Lunatic asylums Bombay report 1878-1890 - 1878-1890
Year: 1878
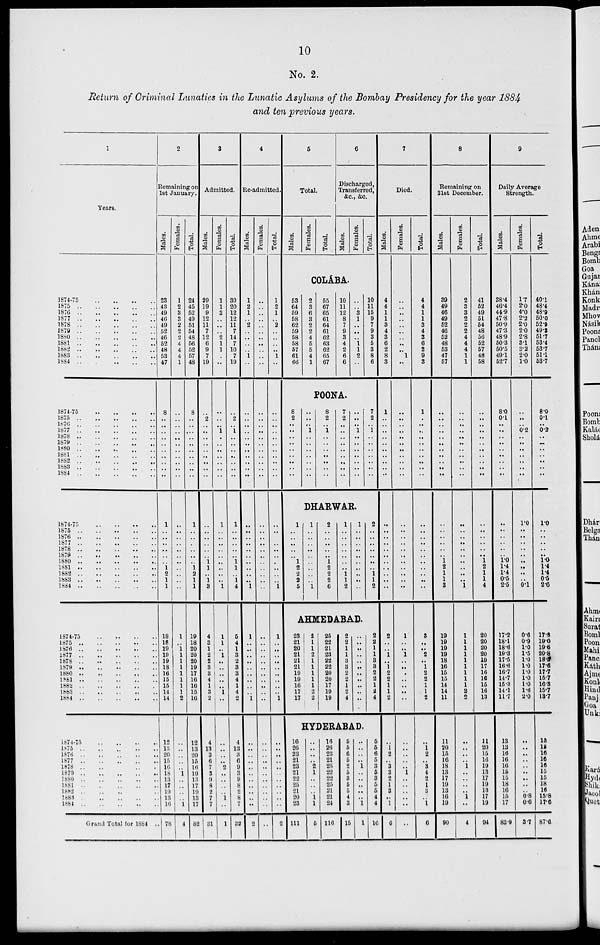
10
No. 2.
Return of Criminal Lunatics in the Lunatic Asylums of the Bombay Presidency for the year 1884
and ten previous years.
1
Years.
1874-75
..
..
..
..
1875 .. .. .. .. ..
1876
..
..
..
..
..
1877
..
..
..
..
..
1878
..
..
..
..
..
1879
..
..
..
..
..
1880
..
..
..
..
..
1881 .. .. .. .. ..
1882 .. .. .. .. ..
1883
..
..
..
..
..
1884
..
..
..
..
..
1874-75 .. .. .. ..
1875
..
..
..
..
..
1876 .. .. .. .. ..
1877
..
..
..
..
..
1878 .. .. .. .. ..
1879
..
..
..
..
..
1880 .. .. .. .. ..
1881 .. .. .. .. ..
1882
..
..
..
..
..
1883 .. .. .. .. ..
1884
..
..
..
..
..
1874-75 .. .. .. ..
1875 .. .. .. .. ..
1876
..
..
..
..
..
1877 .. .. .. .. ..
1878 .. .. .. .. ..
1879 .. .. .. .. ..
1880 .. .. .. .. ..
1881
..
..
..
..
..
1882 .. .. .. .. ..
1883
..
..
..
..
..
1884
..
..
..
..
..
1874-75 .. .. .. ..
1875 .. .. .. .. ..
1876 .. .. .. .. ..
1877
..
..
..
..
..
1878 .. .. .. .. ..
1879
..
..
..
..
..
1880 .. .. .. .. ..
1881
..
..
..
..
..
1882
..
..
..
..
..
1883 .. .. .. .. ..
1884
..
..
..
..
..
1874-75 .. .. .. ..
1875.. .. .. .. ..
1876
..
..
..
..
..
1877 .. .. .. .. ..
1878 .. .. .. .. ..
1879
..
..
..
..
..
1880 .. .. .. .. ..
1881
..
..
..
..
..
1882 .. .. .. .. ..
1883 .. .. .. .. ..
1884 .. .. .. .. ..
Grand Total for 1884 ..
2
Remaining on
1st January.
Males.
23
43
49
46
49
52
46
52
48
53
47
8
..
..
..
..
..
..
..
..
..
..
1
..
..
..
..
..
..
1
2
1
1
18
18
19
19
19
18
16
15
15
14
14
12
13
20
15
16
18
13
17
19
13
16
78
Females.
1
2
3
3
2
2
2
4
4
4
1
..
..
..
..
..
..
..
..
..
..
..
..
..
..
..
..
..
..
..
..
..
..
1
..
1 1
1
1
1
1
1
1
2
..
..
..
..
..
1
..
..
..
..
1
4
Total.
24
45
52
49
51
54
48
56
52
57
48
8
..
..
..
..
..
..
..
..
..
..
1
..
..
..
..
..
..
1
2
1
1
19
18
20
20
20
19
17
16
16
15
16
12
13
20
15
16
19
13
17
19
13
17
82
3
Admitted.
Males.
29
19
9
12
11
7
12
6
9
7
19
..
2
..
..
..
..
..
..
..
..
..
..
..
..
..
..
..
1
1
..
1
3
4
3
1
2
2
3
3
4
1
3
2
4
13
3
6
7
3
9
8
2
7
7
31
Females.
1
1
3
..
..
..
2
1
1
..
..
..
..
..
1
..
..
..
..
..
..
..
1
..
..
..
..
..
..
..
..
..
1
1
1
..
1
..
..
..
..
..
1
..
..
..
..
..
2
..
..
..
..
1
..
1
Total.
30
20
12
12
11
7
14
7
10
7
19
..
2
..
1
..
..
..
..
..
..
..
1
..
..
..
..
..
1
1
..
1
4
5
4
1
3
2
8
3
4
1
4
2
4
13
3
6
9
3
9
8
2
8
7
32
4
Re-admitted.
Males.
1
2
1
..
2
..
..
..
..
1
..
..
..
..
..
..
..
..
..
..
..
..
..
..
..
..
..
..
..
..
..
..
1
1
..
..
..
..
..
..
..
..
..
1
..
..
..
..
..
..
..
..
..
..
..
2
Females.
..
..
..
..
..
..
..
..
..
..
..
..
..
..
..
..
..
..
..
..
..
..
..
..
..
..
..
..
..
..
..
..
..
..
..
..
..
..
..
..
..
..
..
..
..
..
..
..
..
..
..
..
..
..
..
..
Total.
1
2
1
..
2
..
..
..
..
1
..
..
..
..
..
..
..
..
..
..
..
..
..
..
..
..
..
..
..
..
..
1
1
..
..
..
..
..
..
..
..
..
1
..
..
..
..
..
..
..
..
..
..
2
5
Total.
Males.
Females.
Total.
6
Discharged,
Transferred,
&c., &c.,
Males.
Females.
Total.
COLÁBA.
53
64
59
58
62
59
58
58
57
61
66
2
3
6
3
2
2
4
5
5
4
1
55
67
65
61
64
61
62
63
62
65
67
10
11
12
8
7
9
3
4
2
6
6
..
..
3
1
..
..
..
1
1
2
..
10
11
15
9
7
9
3
5
3
8
6
POONA.
8
2
..
..
..
..
..
..
..
..
..
..
..
..
1
..
..
..
..
..
..
..
8
2
..
1
..
..
..
..
..
..
..
7
2
..
..
..
..
..
..
..
..
..
..
..
..
1
..
..
..
..
..
..
..
7
2
..
1
..
..
..
..
..
..
..
DHARWAR.
1
..
..
..
..
..
1
2
2
2
5
1
..
..
..
..
..
..
..
..
..
1
2
..
..
..
..
..
1
2
2
2
6
1
..
..
..
..
..
..
..
1
1
2
1
..
..
..
..
..
..
..
..
..
..
2
..
..
..
..
..
..
..
1
1
2
AHMEDABAD.
23
21
20
21
21
21
19
19
16
17
17
2
1
1
2
1
1
1
1
1
2
2
25
22
21
23
22
22
20
20
17
19
19
2
2
1
1
3
3
2
2
1
2
4
..
..
..
..
..
..
..
..
..
..
..
2
2
1
1
3
3
2
2
1
2
4
HYDERABAD.
16
26
23
21
23
21
22
25
21
20
23
111
..
..
..
..
2
1
..
..
..
1
1
5
16
26
23
21
25
22
22
25
21
21
24
116
5
5
6
5
2
5
3
5
5
4
3
15
..
..
..
..
1
..
..
..
..
..
1
1
5
5
6
5
3
5
3
5
5
4
4
16
7
Died.
Males.
4
4
1
1
3
4
3
6
2
8
3
1
..
..
..
..
..
..
..
..
..
..
..
..
..
..
..
..
..
..
..
..
..
2
..
..
1
..
1
2
2
1
1
2
..
1
2
..
3
3
2
1
3
..
1
6
Females.
..
..
..
..
..
..
..
..
..
1
..
..
..
..
..
..
..
..
..
..
..
..
..
..
..
..
..
..
..
..
..
..
..
1
..
..
1
..
..
..
..
..
..
..
..
..
..
..
..
1
..
..
..
..
..
..
Total.
4
4
1
1
3
4
3
6
2
9
3
1
..
..
..
..
..
..
..
..
..
..
..
..
..
..
..
..
..
..
..
..
..
3
..
..
2
..
1
2
2
1
1
2
..
1
2
..
3
4
2
1
3
..
1
6
8
Remaining on
31st December.
Males.
39
49
46
49
52
46
52
48
53
47
57
..
..
..
..
..
..
..
..
..
..
..
..
..
..
..
..
..
1
2
1
1
3
19
19
19
19
18
16
15
15
14
14
11
11
20
15
16
18
13
17
19
13
16
19
90
Females.
2
3
3
2
2
2
4
4
4
1
1
..
..
..
..
..
..
..
.. ..
..
..
..
..
..
..
..
..
..
..
..
..
1
1
1
1
1
1
1
1
1
1
2
2
..
..
..
..
1
..
..
..
..
1
..
4
Total.
41
52
49
51
54
48
56
52
57
48
58
..
..
..
..
..
..
..
..
..
..
..
..
..
..
..
..
..
1
2
1
1
4
20
20
20
20
19
17
16
16
15
16
13
11
20
15
16
19
13
17
19
13
17
19
94
9
Daily Average
Strength.
Males.
38.4
46.4
44.9
47.8
50.9
47.3
48.9
50.3
50.5
49.1
52.7
8.0
0.1
..
..
..
..
..
..
..
..
..
..
..
..
..
..
..
1.0
1.4
1.4
0.5
2.5
17.2
18.1
18.6
19.3
17.5
16.6
16.7
14.7
15.3
14.1
11.7
13
13
16
16
16
15
15
18
16
15
17
83.9
Females.
1.7
2.0
4.0
2.2
2.0
2.0
2.8
3.1
3.2
2.0
1.0
..
..
..
0.2
..
..
..
.. ..
..
..
1.0
..
..
..
..
..
..
..
..
..
0.1
0.6
0.9
1.0
1.5
1.0
1.0
1.0
1.0
1.0
1.6
2.0
..
..
..
..
..
..
..
..
..
0.8
0.6
3.7
Total.
40.1
48.4
48.9
50.0
52.9
49.3
51.7
53.4
53.7
51.1
53.7
8.0
0.1
..
0.2
..
..
..
.. ..
..
..
1.0
..
..
..
..
..
1.0
1.4
1.4
0.5
2.6
17.8
19.0
19.6
20.8
18.5
17.6
17.7
15.7
16.3
15.7
13.7
13
13
16
16
16
15
15
18
16
15.8
17.6
87.6